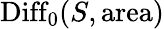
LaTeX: \mathrm{Diff}_{0}(S,\mathrm{area})